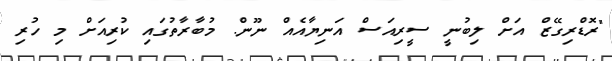
"ރޮޑްރިގޭޒް އަށް ލިބުނީ ސީރިއަސް އަނިޔާއެއް ނޫން. މުބާރާތުގައި ކުރިއަށް މި ހުރި